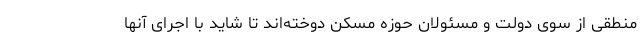
منطقی از سوی دولت و مسئولان حوزه مسکن دوخته‌اند تا شاید با اجرای آنها